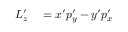
\begin{array} { r l } { L _ { z } ^ { \prime } } & { { } = x ^ { \prime } p _ { y } ^ { \prime } - y ^ { \prime } p _ { x } ^ { \prime } } \end{array}